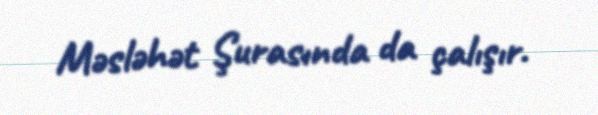
Məsləhət Şurasında da çalışır.